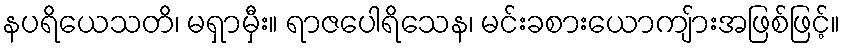
နပရိယေသတိ၊ မရှာမှီး။ ရာဇပေါရိသေန၊ မင်းခစားယောကျ်ားအဖြစ်ဖြင့်။